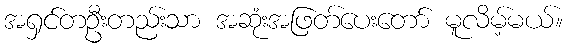
အရှင်တဦးတည်းသာ အဆုံးအဖြတ်ပေးတော် မူလိမ့်မယ်။